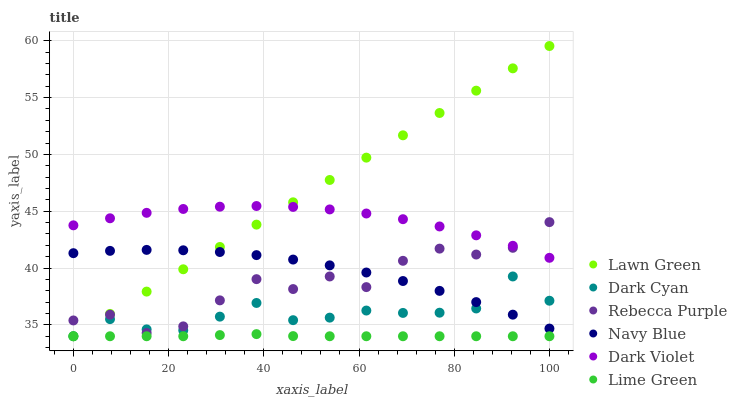
| xaxis_label | Lawn Green | Dark Cyan | Rebecca Purple | Navy Blue | Dark Violet | Lime Green |
 | --- | --- | --- | --- | --- | --- | --- |
 | 0 | 34 | 34 | 35.4 | 41.3 | 43.8 | 34 |
 | 7.69 | 36 | 35.5 | 35.9 | 41.5 | 44.4 | 34 |
 | 15.4 | 37.9 | 34.6 | 34.3 | 41.6 | 44.9 | 34 |
 | 23.1 | 39.9 | 34.5 | 34.9 | 41.6 | 45.2 | 34 |
 | 30.8 | 41.9 | 35.7 | 37.2 | 41.4 | 45.4 | 34.1 |
 | 38.5 | 43.8 | 36.9 | 39 | 41.1 | 45.5 | 34.2 |
 | 46.2 | 45.8 | 35.4 | 38.2 | 40.7 | 45.4 | 34 |
 | 53.8 | 47.7 | 35.6 | 39.3 | 40.2 | 45.2 | 34 |
 | 61.5 | 49.7 | 36.3 | 38.3 | 39.6 | 44.8 | 34 |
 | 69.2 | 51.7 | 36.1 | 40.6 | 38.9 | 44.3 | 34 |
 | 76.9 | 53.6 | 36.1 | 41.7 | 38 | 43.7 | 34 |
 | 84.6 | 55.6 | 36.4 | 41.2 | 37 | 42.9 | 34 |
 | 92.3 | 57.6 | 39.3 | 41.8 | 35.9 | 42 | 34 |
 | 100 | 59.5 | 37.1 | 44 | 34.7 | 40.9 | 34 |